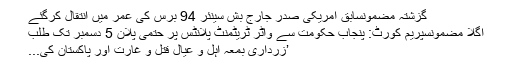
گزشتہ مضمونسابق امریکی صدر جارج بش سینئر 94 برس کی عمر میں انتقال کرگئے
اگلا مضمونسپریم کورٹ: پنجاب حکومت سے واٹر ٹریٹمنٹ پلانٹس پر حتمی پلان 5 دسمبر تک طلب
’زرداری بمعہ اہل و عیال قتل و غارت اور پاکستان کی...